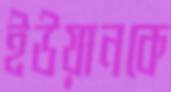
ইউয়ানকে